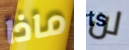
ماذا لن